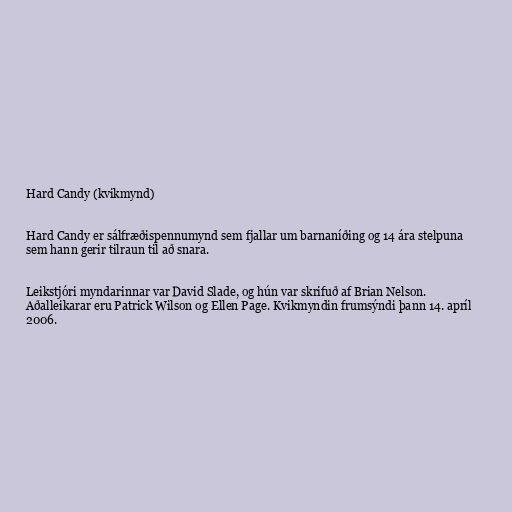
Hard Candy (kvikmynd)

Hard Candy er sálfræðispennumynd sem fjallar um barnaníðing og 14 ára stelpuna
sem hann gerir tilraun til að snara.

Leikstjóri myndarinnar var David Slade, og hún var skrifuð af Brian Nelson.
Aðalleikarar eru Patrick Wilson og Ellen Page. Kvikmyndin frumsýndi þann 14. apríl
2006.